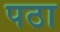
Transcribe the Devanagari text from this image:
पठा